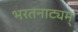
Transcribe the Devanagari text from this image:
भरतनाट्यम्‌